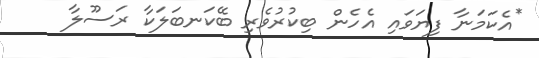
*އެކަމަނާ ފިޔަވައި އެހެން ބިކުރުވެރި ބޭކަނބަލަކާ ރަސޫލާ